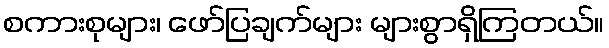
စကားစုများ၊ ဖော်ပြချက်များ များစွာရှိကြတယ်။